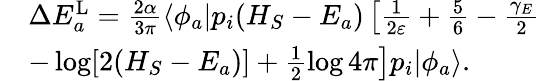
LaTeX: \begin{array}{rl}&{\Delta E_{a}^{\mathrm{L}}=\frac{2\alpha}{3\pi}\langle\phi_{a}|p_{i}(H_{S}-E_{a})\left[\frac{1}{2\varepsilon}+\frac{5}{6}-\frac{\gamma_{E}}{2}\right.}\\ &{\left.-\log[2(H_{S}-E_{a})]+\frac{1}{2}\log 4\pi\right]p_{i}|\phi_{a}\rangle.}\end{array}